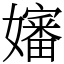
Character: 嬸